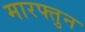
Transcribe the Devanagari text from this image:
मारफ्तुन